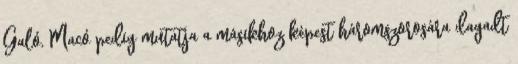
Galó, Macó pedig mutatja a másikhoz képest háromszorosára dagadt